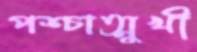
পশ্চাত্মুখী